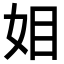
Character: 𭑰